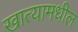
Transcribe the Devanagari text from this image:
खात्यामधील